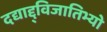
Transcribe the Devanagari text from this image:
दद्याद्द्विजातिभ्यो